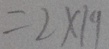
= 2 \times 1 9